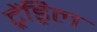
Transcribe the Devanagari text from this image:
ट्रेंड्रिल